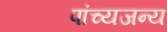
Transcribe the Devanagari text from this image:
पांच्यजन्य